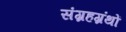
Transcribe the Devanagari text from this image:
संग्रहग्रंथों